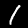
Digit: 1